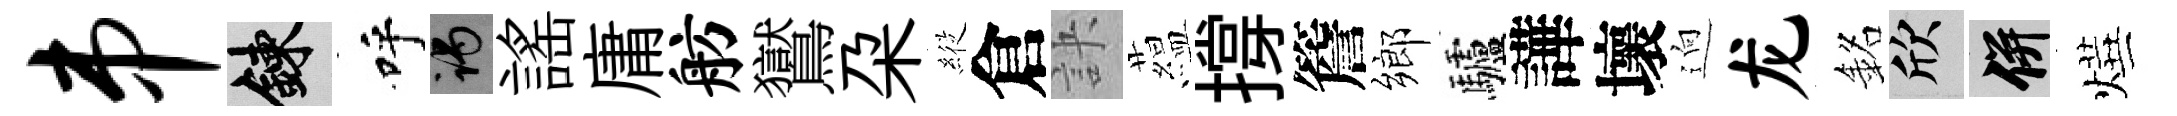
串練呼谒謡庸舫鸑朶𦂵倉訣藴撐簷鄉驢譁壞逈龙銘欣并燁